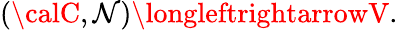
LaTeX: ({\calC},{\cal\mathcal{N}})\longleftrightarrowV.